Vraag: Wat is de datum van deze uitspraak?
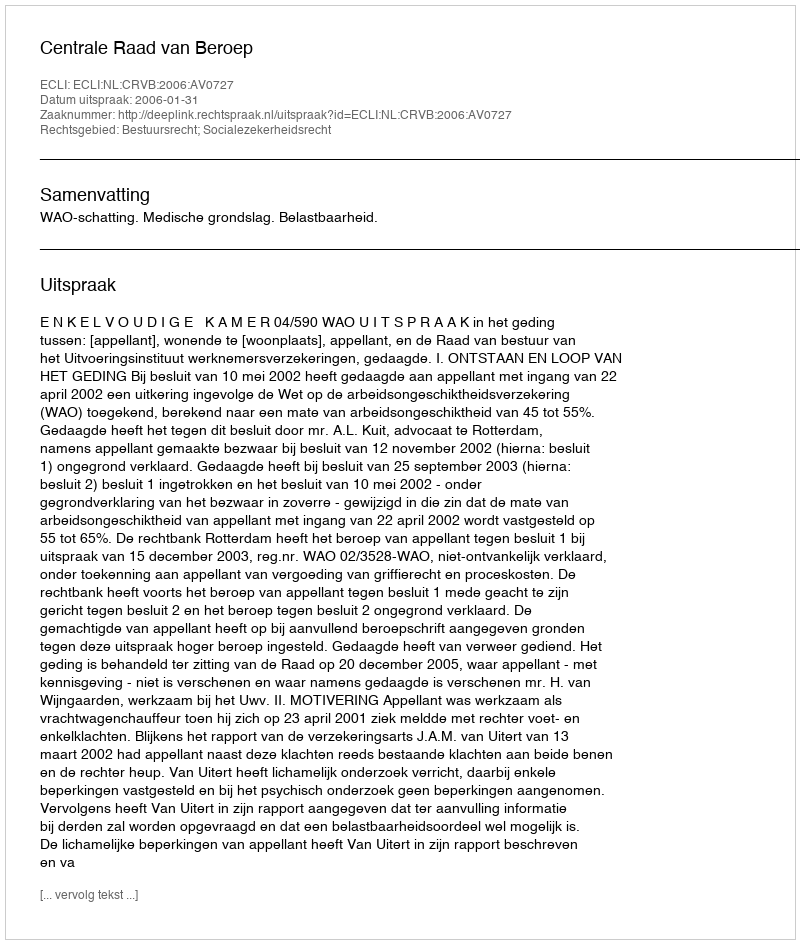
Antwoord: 2006-01-31